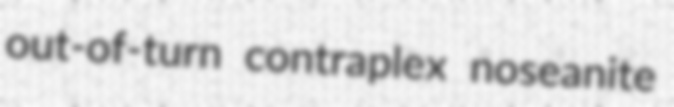
out-of-turn contraplex noseanite